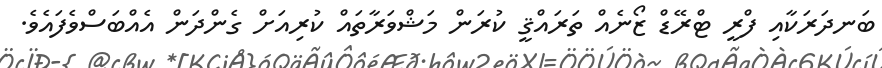
ބަނދަރަކާއި ފްރީ ޓްރޭޑް ޒޯނެއް ތަރައްޤީ ކުރަން މަޝްވަރާތައް ކުރިއަށް ގެންދަން އެއްބަސްވެފައެވެ.